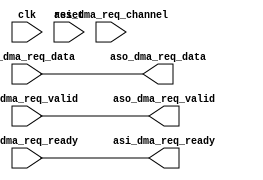
module channel_remover (

	// clock and reset
	input 	wire 					clk,
	input 	wire 					reset,
	
	// dma_request source interface
	output 	wire	[ 127 : 0 ]	aso_dma_req_data,
	output	wire					aso_dma_req_valid,
	input		wire					aso_dma_req_ready,

	// dma_request sink interface
	input 	wire	[ 127 : 0 ]	asi_dma_req_data,
	input		wire					asi_dma_req_channel,
	input		wire					asi_dma_req_valid,
	output	wire					asi_dma_req_ready
);

assign aso_dma_req_data		= asi_dma_req_data;
assign aso_dma_req_valid	= asi_dma_req_valid;
assign asi_dma_req_ready	= aso_dma_req_ready;

endmodule